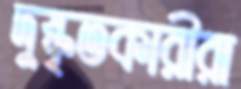
দুষ্কৃতকারীরা